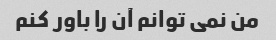
من نمی توانم آن را باور کنم